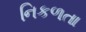
નિકળતા